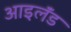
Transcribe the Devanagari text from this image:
आइलॅंड